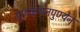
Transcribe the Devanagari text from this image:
गुणकथनपुण्येन